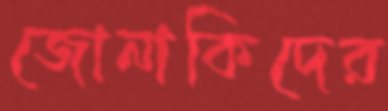
জোনাকিদের